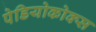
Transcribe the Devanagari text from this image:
पेडियोकोक्स